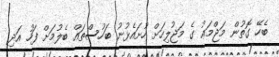
ބެހޭ ގޮތުން މަޖްމަޢު ގެ މަޖުލިހަށް ހުށައެޅުނު ބަހުސްތައް ބެލުމަށް ފަހު އަދި